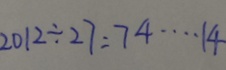
2 0 1 2 \div 2 7 = 7 4 \cdots 1 4